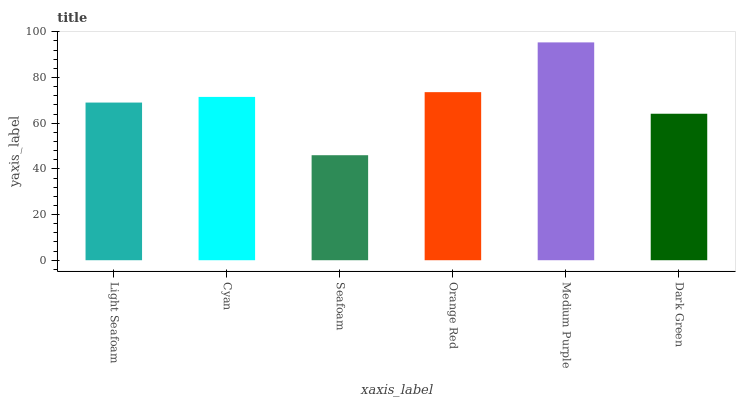
| xaxis_label | bars |
 | --- | --- |
 | Light Seafoam | 69 |
 | Cyan | 71.5 |
 | Seafoam | 46 |
 | Orange Red | 73.6 |
 | Medium Purple | 95.4 |
 | Dark Green | 64.1 |